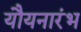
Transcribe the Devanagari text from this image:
यौयनारंभ